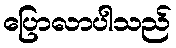
ပြောလာပါသည်